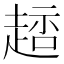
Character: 䞸